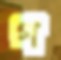
গ